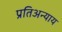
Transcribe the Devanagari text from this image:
प्रतिअन्याय